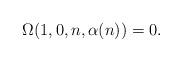
LaTeX: \begin{align*}\Omega(1,0,n,\alpha(n))=0.\end{align*}